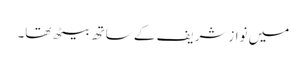
میں نوازشریف کے ساتھ بیٹھ تھا۔